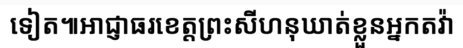
ទៀត៕អាជ្ញាធរខេត្តព្រះសីហនុឃាត់ខ្លួនអ្នកតវ៉ា